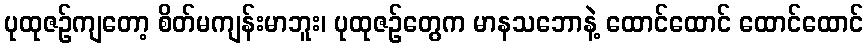
ပုထုဇဉ်ကျတော့ စိတ်မကျန်းမာဘူး၊ ပုထုဇဉ်တွေက မာနသဘောနဲ့ ထောင်ထောင် ထောင်ထောင်